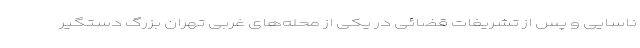
ناسایی و پس از تشریفات قضائی در یکی از محله‌های غربی تهران بزرگ دستگیر